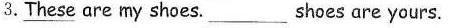
3.These are my shoes. \underline{} ___Shoes are yours.